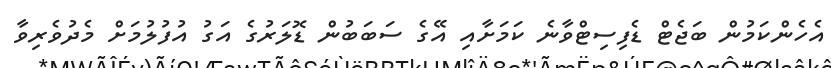
އެހެންކަމުން ބަޖެޓް ޑެފިސިޓްވާނެ ކަމަށާއި އޭގެ ސަބަބުން ޑޮލަރުގެ އަގު އުފުލުމަށް މެދުވެރިވާ